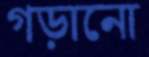
গড়ানো